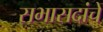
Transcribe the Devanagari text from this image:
सभासदांचें